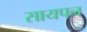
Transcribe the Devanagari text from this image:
सायपन